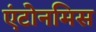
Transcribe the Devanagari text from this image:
एंटोनमिस